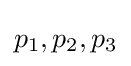
p_{1},p_{2},p_{3}